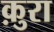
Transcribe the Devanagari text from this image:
क़ुरा